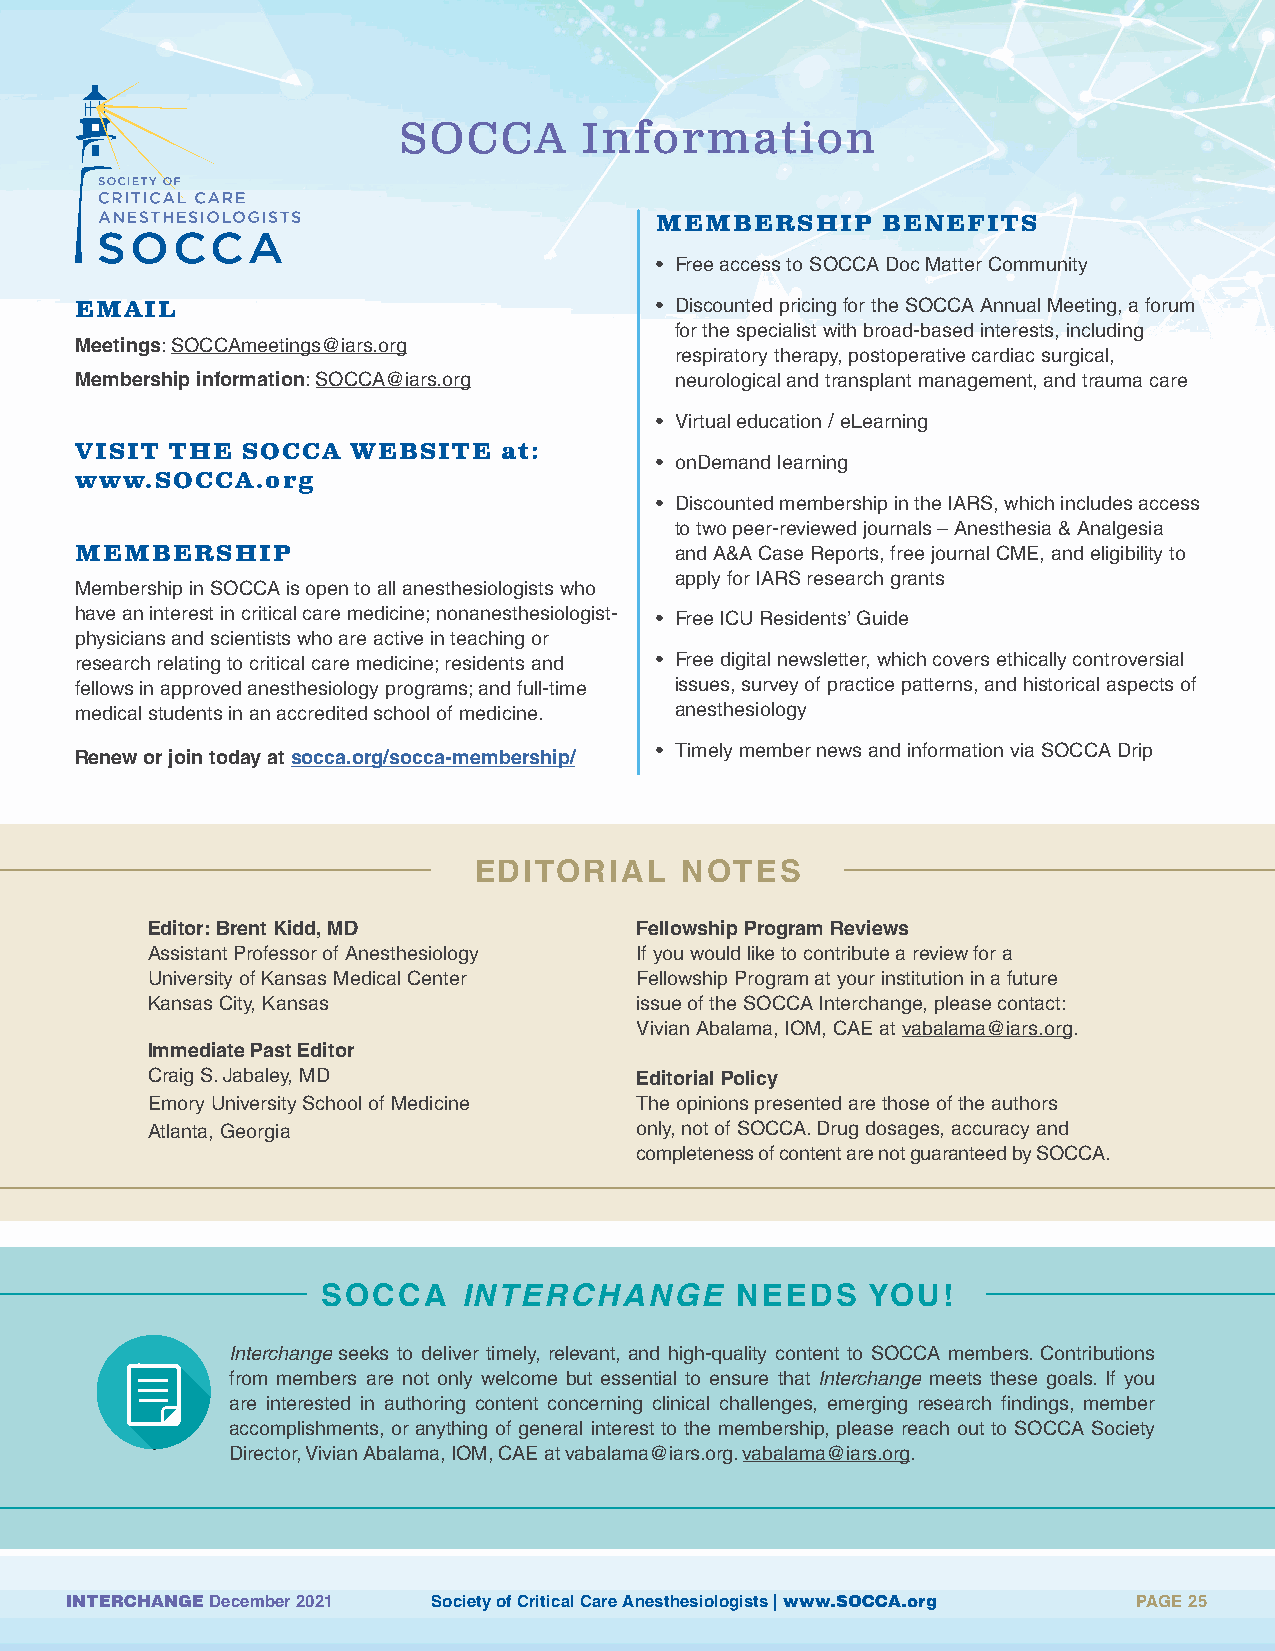
SOCCA      Information
 MEMBERSHIP     BENEFITS
 • Free access to SOCCA Doc Matter Community
 EMAIL                                 • Discounted pricing for the SOCCA Annual Meeting, a forum
 for the specialist with broad-based interests, including
 Meetings: SOCCAmeetings@iars.org
 respiratory therapy, postoperative cardiac surgical,
 Membership information: SOCCA@iars.org  neurological and transplant management, and trauma care
 • Virtual education / eLearning
 VISIT THE  SOCCA  WEBSITE   at:
 • onDemand learning
 www.SOCCA.org
 • Discounted membership in the IARS, which includes access
 to two peer-reviewed journals – Anesthesia & Analgesia
 MEMBERSHIP                              and A&A Case Reports, free journal CME, and eligibility to
 apply for IARS research grants
 Membership in SOCCA is open to all anesthesiologists who
 have an interest in critical care medicine; nonanesthesiologist- • Free ICU Residents’ Guide
 physicians and scientists who are active in teaching or
 research relating to critical care medicine; residents and • Free digital newsletter, which covers ethically controversial
 fellows in approved anesthesiology programs; and full-time issues, survey of practice patterns, and historical aspects of
 medical students in an accredited school of medicine. anesthesiology
 • Timely member news and information via SOCCA Drip
 Renew or join today at socca.org/socca-membership/
 EDITORIAL     NOTES
 Editor: Brent Kidd, MD          Fellowship Program Reviews
 Assistant Professor of Anesthesiology If you would like to contribute a review for a
 University of Kansas Medical Center Fellowship Program at your institution in a future
 Kansas City, Kansas             issue of the SOCCA Interchange, please contact:
 Vivian Abalama, IOM, CAE at vabalama@iars.org.
 Immediate Past Editor
 Craig S. Jabaley, MD            Editorial Policy
 Emory University School of Medicine The opinions presented are those of the authors
 Atlanta, Georgia                only, not of SOCCA. Drug dosages, accuracy and
 completeness of content are not guaranteed by SOCCA.
 SOCCA     INTERCHANGE       NEEDS   YOU!
 Interchange seeks to deliver timely, relevant, and high-quality content to SOCCA members. Contributions
 from members are not only welcome but essential to ensure that Interchange meets these goals. If you
 are interested in authoring content concerning clinical challenges, emerging research findings, member
 accomplishments, or anything of general interest to the membership, please reach out to SOCCA Society
 Director, Vivian Abalama, IOM, CAE at vabalama@iars.org. vabalama@iars.org.
 INTERCHANGE December 2021 Society of Critical Care Anesthesiologists | www.SOCCA.org PAGE 25